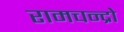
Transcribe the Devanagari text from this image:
रामचन्द्रो